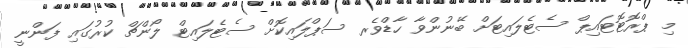
މި ޕްރޮޓޮޓައިޕް ސެޓެލައިޓަށް ބޭނުންވާ ހާޑްވެރ ސަޕްލައިކޮށް ސެޓެލައިޓް ލޯންޗް ކުރުގައި ފަންނީ